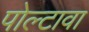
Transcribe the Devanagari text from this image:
पोल्टावा